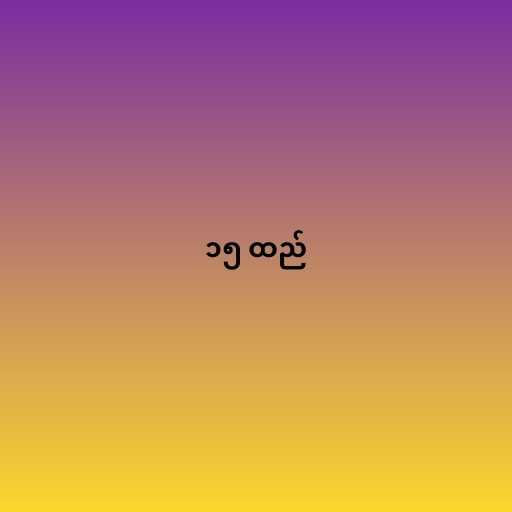
၁၅ ထည်